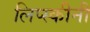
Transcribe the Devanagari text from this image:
लिप्स्कीनी